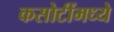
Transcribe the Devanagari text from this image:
कसोटींमध्ये